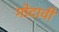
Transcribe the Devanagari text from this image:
गोदावी